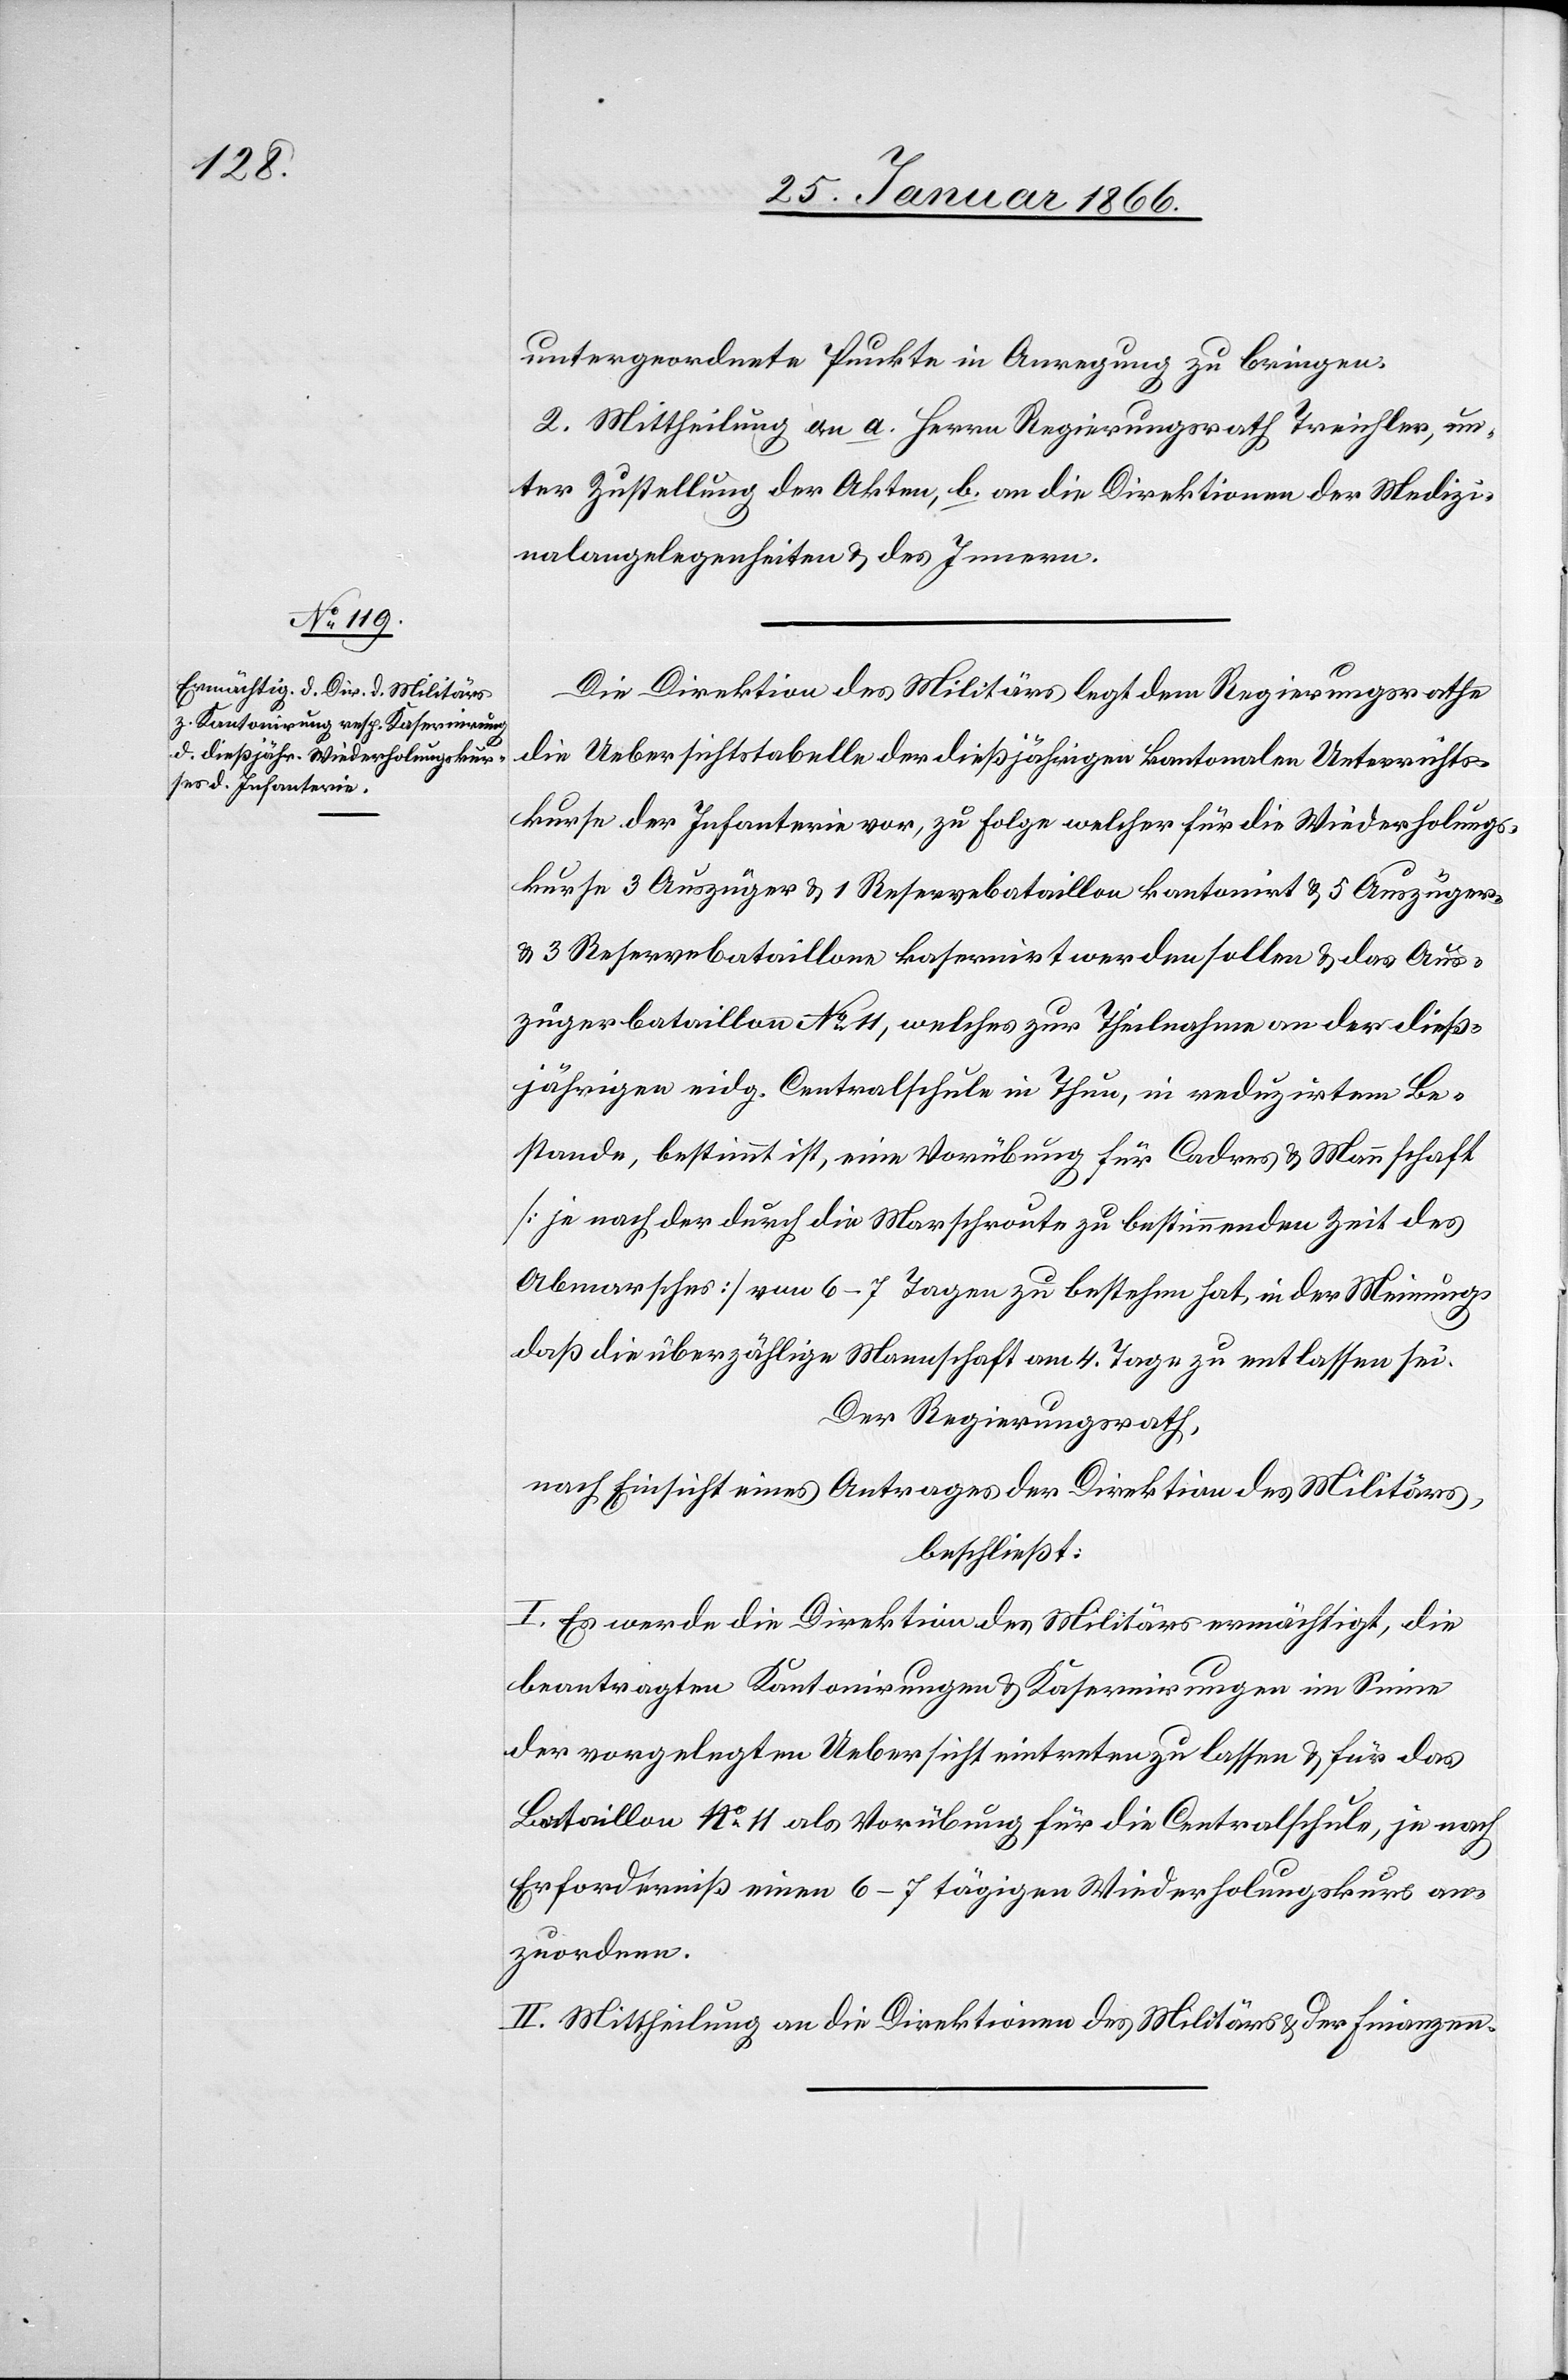
untergeordneten Punkte in Anregung zu bringen.
2. Mittheilung an a. Herrn Regierungsrath Treichler, un¬
ter Zustellung der Akten, b. an die Direktionen der Medizi¬
nalangelegenheiten u. des Innern.
Die Direktion des Militärs legt dem Regierungsrathe
die Uebersichtstabelle der dießjährigen kantonalen Unterrichts¬
kurse der Infanterie vor, zu Folge welcher für die Wiederholungs¬
kurse 3 Auszüger u. 1 Reservebataillon kantonirt u. 5 Auszüger-
u. 3 Reservebataillone kaserniert werden sollen u. das Aus¬
zügerbataillon No. 11, welches zur Theilnahme an der dieß¬
jährigen eidg. Centralschule in Thun, in reduzirtem Be¬
stande, bestimmt ist, eine Vorübung für Cadres u. Mannschaft
[je nach der durch die Marschroute zu bestimmenden Zeit des
Abmarsches] von 6–7 Tagen zu bestehen hat, in der Meinung,
daß die überzählige Mannschaft am 4. Tage zu entlassen sei.
Der Regierungsrath,
nach Einsicht eines Antrages der Direktion des Militärs,
beschließt:
I. Es werde die Direktion des Militärs ermächtigt, die
beantragten Kantonirungen u. Kasernirungen im Sinne
der vorgelegten Uebersicht eintreten zu lassen u. für das
Bataillon No. 11 als Vorübung für die Centralschule, je nach
Erforderniß einen 6–7 tägigen Wiederholungskurs an¬
zuordnen.
II. Mittheilung an die Direktionen des Militärs u. der Finanzen.